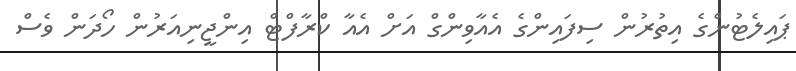
ޕައިލެޓުންގެ އިތުރުން ސިފައިންގެ އެއާވިންގް އަށް އެއާ ކްރާފްޓް އިންޖީނިއަރުން ހޯދަން ވެސް